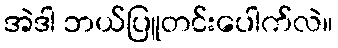
အဲဒါ ဘယ်ပြူတင်းပေါက်လဲ။